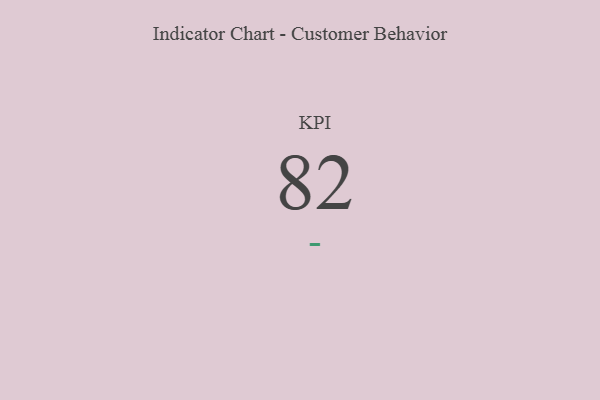
{"axis": {"x": "KPI", "y": "Value"}, "legend": [""], "data": [{"x": "KPI", "y": 82, "type": ""}]}